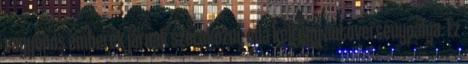
vagyonos emberek járnak szórakozni, oda kell egy autóversenypálya. Ez